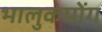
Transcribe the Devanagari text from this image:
भालुकपोंग